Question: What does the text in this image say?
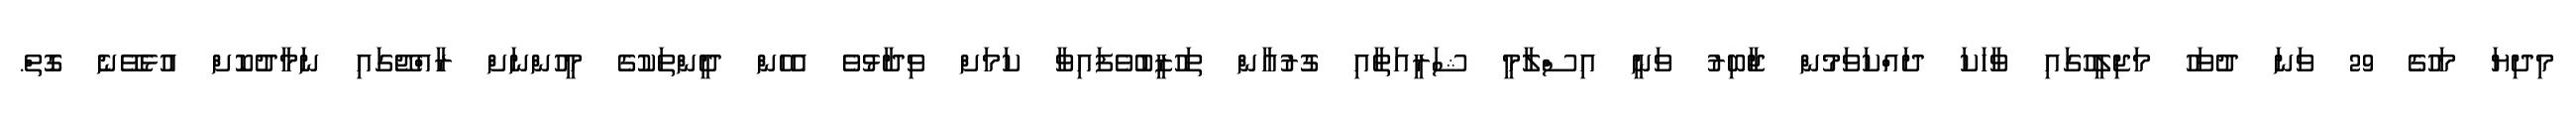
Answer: މިދިޔަ މަހުގެ 29 ވަނަ ދުވަހު މަޖިލީހުގައި ވާހަކަ ދައްކަވަމުން ޖާބިރު ވަނީ އިސްލާމީ ޝަރީއަތާއި ގުރުއާން ތަހުޒީބުވެފައިވާ ކަމަށް ވިދާޅުވެ އެހެން ދީންތަކުގެ މީހުންނަށް ރާއްޖޭގައި ނަމާދުކޮށް އުޅެވޭނެ ގޮތް.